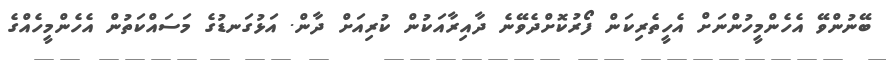
ބޭނުންވޭ އެހެންމީހުންނަށް އެހީތެރިކަން ފޯރުކޮށްދެވޭނެ ދާއިރާއަކުން ކުރިއަށް ދާން. އަޅުގަނޑުގެ މަސައްކަތުން އެހެންމީހެއްގެ